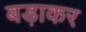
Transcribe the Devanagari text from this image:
बड़ाकर